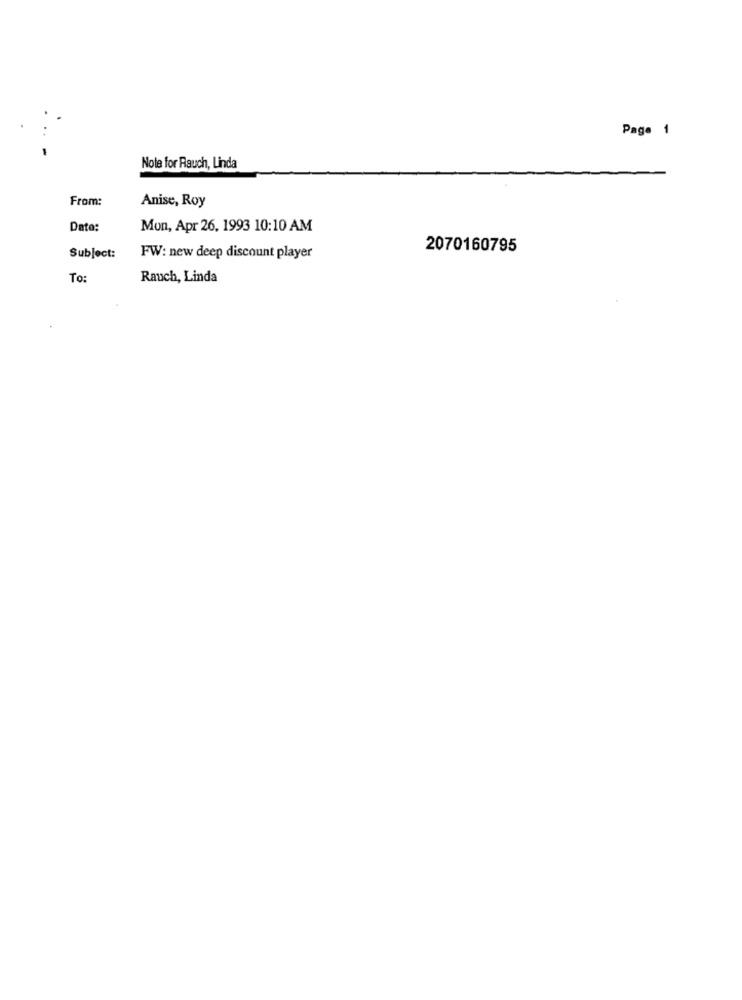
Page 1
Note for Rauch, Linda
From:
Anise, Roy
Dato:
Mon, Apr 26, 1993 10:10 AM
2070160795
Subject:
FW: new deep discount player
To:
Rauch, Linda